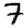
Digit: 7